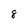
Character: 8